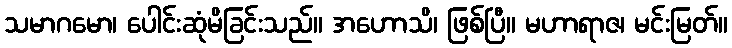
သမာဂမော၊ ပေါင်းဆုံမိခြင်းသည်။ အဟောသိ၊ ဖြစ်ပြီ။ မဟာရာဇ၊ မင်းမြတ်။